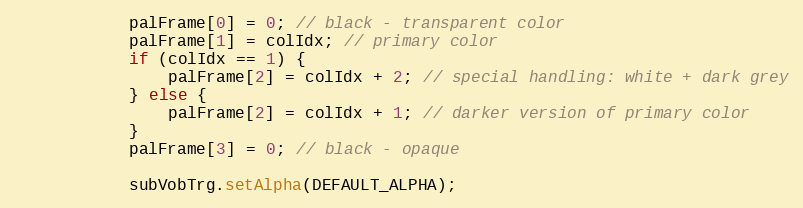
Language: Java
			palFrame[0] = 0; // black - transparent color
			palFrame[1] = colIdx; // primary color
			if (colIdx == 1) {
				palFrame[2] = colIdx + 2; // special handling: white + dark grey
			} else {
				palFrame[2] = colIdx + 1; // darker version of primary color
			}
			palFrame[3] = 0; // black - opaque

			subVobTrg.setAlpha(DEFAULT_ALPHA);